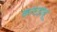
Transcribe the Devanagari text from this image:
कोटझेबू